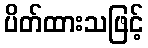
ပိတ်ထားသဖြင့်